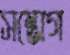
সম্ভোগ